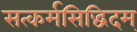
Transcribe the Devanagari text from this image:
सत्कर्मसिद्धिदम्